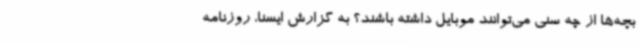
بچه‌ها از چه سنی می‌توانند موبایل داشته باشند؟ به گزارش ایسنا، روزنامه